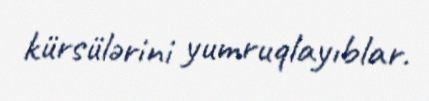
kürsülərini yumruqlayıblar.